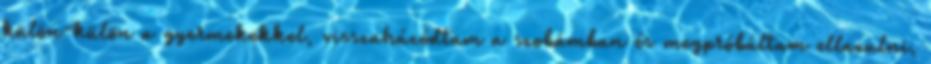
külön-külön a gyermekekkel, visszahúzódtam a szobámban és megpróbáltam ellazulni,